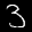
Label: 3